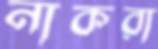
নাকরা